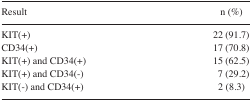
<table><thead><tr><td><b>Result</b></td><td><b>n (%)</b></td></tr></thead><tbody><tr><td>KIT(+)</td><td>22 (91.7)</td></tr><tr><td>CD34(+)</td><td>17 (70.8)</td></tr><tr><td>KIT(+) and CD34(+)</td><td>15 (62.5)</td></tr><tr><td>KIT(+) and CD34(−)</td><td>7 (29.2)</td></tr><tr><td>KIT(−) and CD34(+)</td><td>2 (8.3)</td></tr></tbody></table>